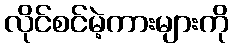
လိုင်စင်မဲ့ကားများကို